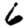
Digit: 6